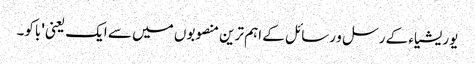
یوریشیاء کے رسل و رسائل کے اہم ترین منصوبوں میں سے ایک یعنی 'باکو۔